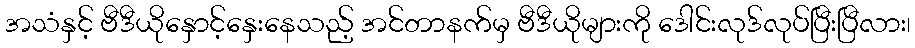
အသံနှင့် ဗီဒီယိုနှောင့်နှေးနေသည့် အင်တာနက်မှ ဗီဒီယိုများကို ဒေါင်းလုဒ်လုပ်ပြီးပြီလား၊